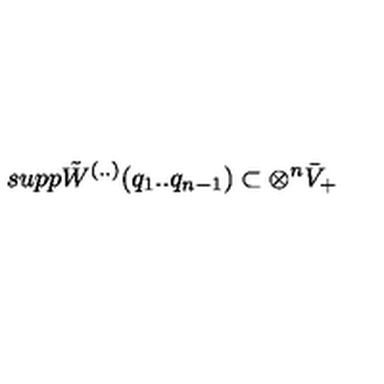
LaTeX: s u p p \tilde { W } ^ { ( . . ) } ( q _ { 1 } . . q _ { n - 1 } ) \subset \otimes ^ { n } \bar { V } _ { + }